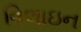
વિલાઇન